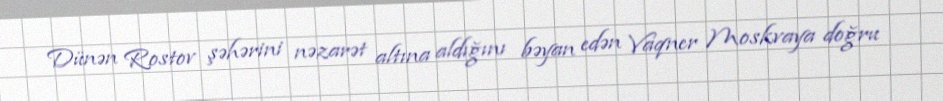
Dünən Rostov şəhərini nəzarət altına aldığını bəyan edən Vaqner Moskvaya doğru